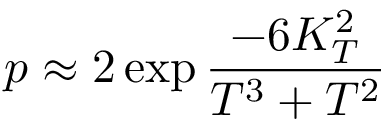
p \approx 2 \exp { \frac { - 6 K _ { T } ^ { 2 } } { T ^ { 3 } + T ^ { 2 } } }